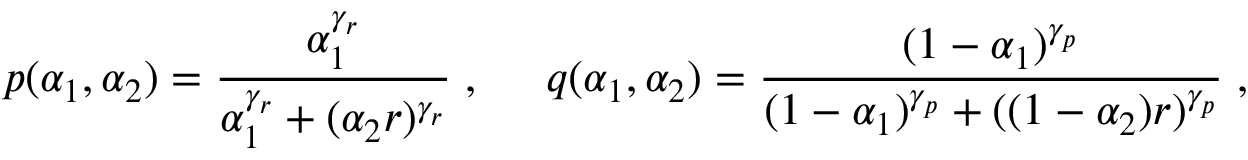
p ( \alpha _ { 1 } , \alpha _ { 2 } ) = \frac { \alpha _ { 1 } ^ { \gamma _ { r } } } { \alpha _ { 1 } ^ { \gamma _ { r } } + ( \alpha _ { 2 } r ) ^ { \gamma _ { r } } } \; , \; \; \; \; \; q ( \alpha _ { 1 } , \alpha _ { 2 } ) = \frac { ( 1 - \alpha _ { 1 } ) ^ { \gamma _ { p } } } { ( 1 - \alpha _ { 1 } ) ^ { \gamma _ { p } } + ( ( 1 - \alpha _ { 2 } ) r ) ^ { \gamma _ { p } } } \; ,